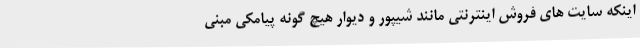
اینکه سایت های فروش اینترنتی مانند شیپور و دیوار هیچ گونه پیامکی مبنی